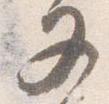
又